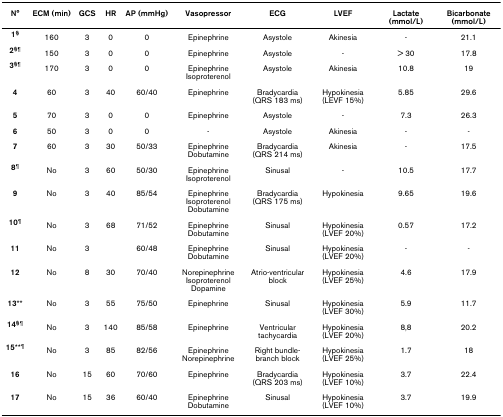
<table><thead><tr><td><b>N°</b></td><td><b>ECM (min)</b></td><td><b>GCS</b></td><td><b>HR</b></td><td><b>AP (mmHg)</b></td><td><b>Vasopressor</b></td><td><b>ECG</b></td><td><b>LVEF</b></td><td><b>Lactate (mmol/L)</b></td><td><b>Bicarbonate (mmol/L)</b></td></tr></thead><tbody><tr><td><b>1<sup>§</sup></b></td><td>160</td><td>3</td><td>0</td><td>0</td><td>Epinephrine</td><td>Asystole</td><td>Akinesia</td><td>-</td><td>21.1</td></tr><tr><td><b>2<sup>§¶</sup></b></td><td>150</td><td>3</td><td>0</td><td>0</td><td>Epinephrine</td><td>Asystole</td><td>-</td><td>&gt; 30</td><td>17.8</td></tr><tr><td><b>3<sup>§¶</sup></b></td><td>170</td><td>3</td><td>0</td><td>0</td><td>Epinephrine Isoproterenol</td><td>Asystole</td><td>Akinesia</td><td>10.8</td><td>19</td></tr><tr><td><b>4</b></td><td>60</td><td>3</td><td>40</td><td>60/40</td><td>Epinephrine</td><td>Bradycardia (QRS 183 ms)</td><td>Hypokinesia (LEVF 15%)</td><td>5.85</td><td>29.6</td></tr><tr><td><b>5</b></td><td>70</td><td>3</td><td>0</td><td>0</td><td>Epinephrine</td><td>Asystole</td><td>-</td><td>7.3</td><td>26.3</td></tr><tr><td><b>6</b></td><td>50</td><td>3</td><td>0</td><td>0</td><td>-</td><td>Asystole</td><td>Akinesia</td><td>-</td><td>-</td></tr><tr><td><b>7</b></td><td>60</td><td>3</td><td>30</td><td>50/33</td><td>Epinephrine Dobutamine</td><td>Bradycardia (QRS 214 ms)</td><td>Akinesia</td><td>-</td><td>17.5</td></tr><tr><td><b>8<sup>¶</sup></b></td><td>No</td><td>3</td><td>60</td><td>50/30</td><td>Epinephrine Isoproterenol</td><td>Sinusal</td><td>-</td><td>10.5</td><td>17.7</td></tr><tr><td><b>9</b></td><td>No</td><td>3</td><td>40</td><td>85/54</td><td>Epinephrine Isoproterenol Dobutamine</td><td>Bradycardia (QRS 175 ms)</td><td>Hypokinesia</td><td>9.65</td><td>19.6</td></tr><tr><td><b>10<sup>¶</sup></b></td><td>No</td><td>3</td><td>68</td><td>71/52</td><td>Epinephrine Dobutamine</td><td>Sinusal</td><td>Hypokinesia (LVEF 20%)</td><td>0.57</td><td>17.2</td></tr><tr><td><b>11</b></td><td>No</td><td>3</td><td></td><td>60/48</td><td>Epinephrine Dobutamine</td><td>Sinusal</td><td>Hypokinesia (LVEF 20%)</td><td>-</td><td>-</td></tr><tr><td><b>12</b></td><td>No</td><td>8</td><td>30</td><td>70/40</td><td>Norepinephrine Isoproterenol Dopamine</td><td>Atrio-ventricular block</td><td>Hypokinesia (LVEF 25%)</td><td>4.6</td><td>17.9</td></tr><tr><td><b>13</b>**</td><td>No</td><td>3</td><td>55</td><td>75/50</td><td>Epinephrine</td><td>Sinusal</td><td>Hypokinesia (LVEF 30%)</td><td>5.9</td><td>11.7</td></tr><tr><td><b>14<sup>§¶</sup></b></td><td>No</td><td>3</td><td>140</td><td>85/58</td><td>Epinephrine</td><td>Ventricular tachycardia</td><td>Hypokinesia (LVEF 20%)</td><td>8,8</td><td>20.2</td></tr><tr><td><b>15**<sup>¶</sup></b></td><td>No</td><td>3</td><td>85</td><td>82/56</td><td>Epinephrine Norepinephrine</td><td>Right bundle-branch block</td><td>Hypokinesia (LVEF 25%)</td><td>1.7</td><td>18</td></tr><tr><td><b>16</b></td><td>No</td><td>15</td><td>60</td><td>70/60</td><td>Epinephrine</td><td>Bradycardia (QRS 203 ms)</td><td>Hypokinesia (LVEF 10%)</td><td>3.7</td><td>22.4</td></tr><tr><td><b>17</b></td><td>No</td><td>15</td><td>36</td><td>60/40</td><td>Epinephrine Dobutamine</td><td>Sinusal</td><td>Hypokinesia (LVEF 10%)</td><td>3.7</td><td>19.9</td></tr></tbody></table>